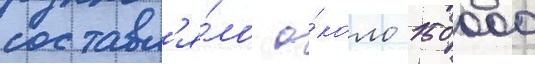
составл'я́ло о́коло 150 000